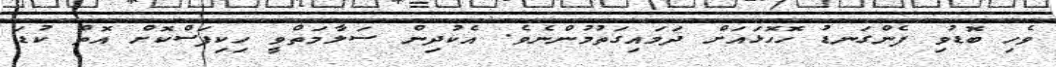
ވެހި ބޮޑުވި ފެންގަނޑު ހޮހޮޅައަށް ދަމައިގަތުމުންނެވެ. އެކުދިން ސަލާމަތްވީ ހިކިފަސްކޮށް އޮތް ކުޑަ